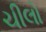
ચીલો